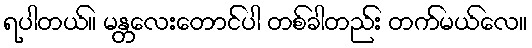
ရပါတယ်။ မန္တလေးတောင်ပါ တစ်ခါတည်း တက်မယ်လေ။